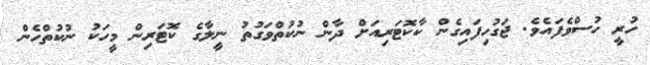
ހުރީ ހުސްވެފައެވެ. ޖަގުހިފައިގެން ކާކޮޓަރިއަށް ދާން ނުކުތްވަގުތު ނީލާގެ ކޮޓަރިން މީހަކު ނުކުތްހެން